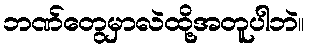
ဘဏ်တွေမှာလဲထို့အတူပါဘဲ။